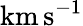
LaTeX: \mathrm{km\, s^{-1}}